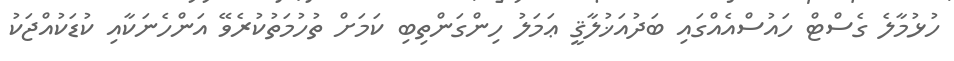
ހުޅުމާލެ ގެސްޓް ހައުސްއެއްގައި ބަދުއަޚުލާޤީ ޢަމަލު ހިންގަންތިބި ކަމަށް ތުހުމަތުކުރެވޭ އަންހެނަކާއި ކުޑަކުއްޖަކު